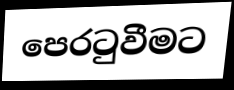
පෙරටුවීමට